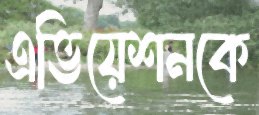
এভিয়েশনকে